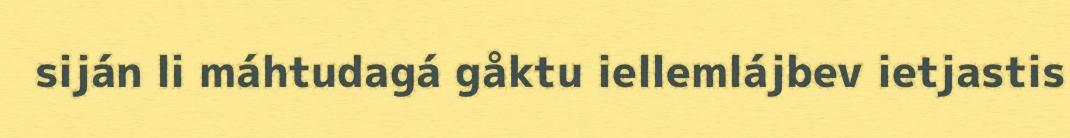
siján li máhtudagá gåktu iellemlájbev ietjastis